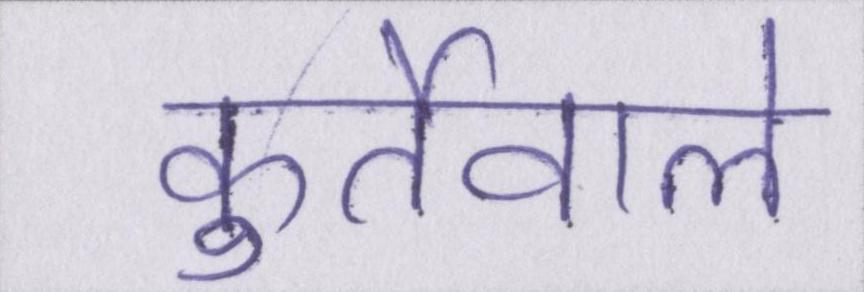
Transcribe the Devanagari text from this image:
कुर्तेवाले